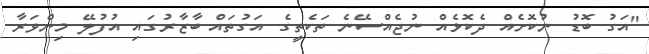
"އަގު ބޮޑު ނުކޮށެއް ދެކޮޅެއް ނުޖެއްސޭނެ ތަކެތީގެ އަގުތައް ބާޒާރުގައި އުފުލޭ މިންވަރާ